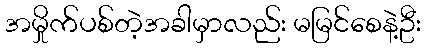
အမှိုက်ပစ်တဲ့အခါမှာလည်း မမြင်စေနဲ့ဦး